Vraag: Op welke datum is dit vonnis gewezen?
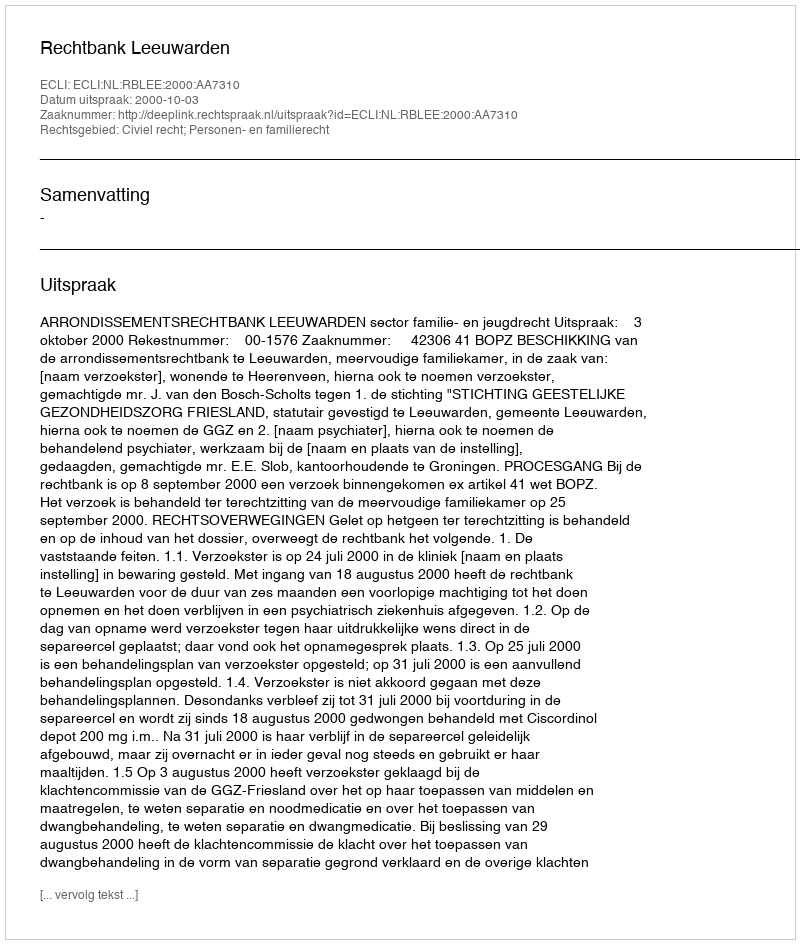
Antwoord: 2000-10-03